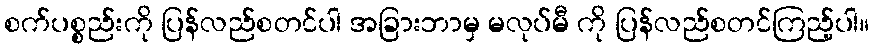
စက်ပစ္စည်းကို ပြန်လည်စတင်ပါ အခြားဘာမှ မလုပ်မီ ကို ပြန်လည်စတင်ကြည့်ပါ။